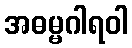
အဓမ္မဂါရဝါ